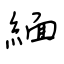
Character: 緬